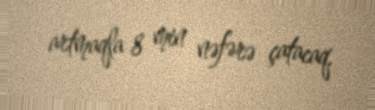
artmaqla 8 min nəfərə çatacaq.